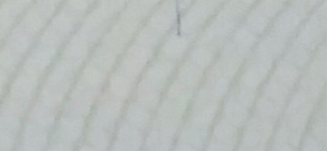
الكمية محدودة